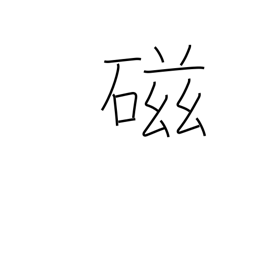
Meaning: porcelain